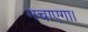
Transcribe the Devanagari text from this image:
मचाएगा।